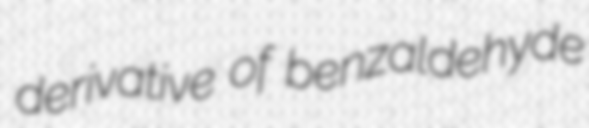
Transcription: derivative of benzaldehyde